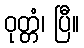
ဝုတ္တံ၊ ပြီ။